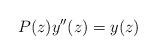
LaTeX: \begin{align*}P(z) y''(z) = y(z) \end{align*}